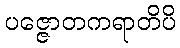
ပဇ္ဇောတကရာတိပိ